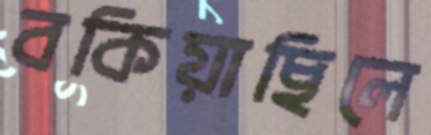
বকিয়াছিলে